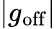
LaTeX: |g_{\mathrm{off}}|